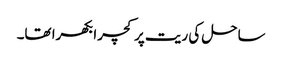
ساحل کی ریت پر کچرا بکھرا تھا۔